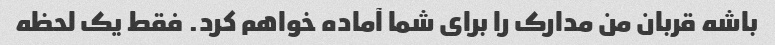
باشه قربان من مدارک را برای شما آماده خواهم کرد. فقط یک لحظه